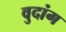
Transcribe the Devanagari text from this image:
वुदांग